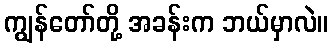
ကျွန်တော်တို့ အခန်းက ဘယ်မှာလဲ။